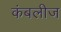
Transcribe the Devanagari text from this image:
कंबलीज